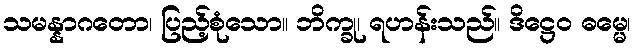
သမန္နာဂတော၊ ပြည့်စုံသော။ ဘိက္ခု၊ ရဟန်းသည်။ ဒိဋ္ဌေဝ ဓမ္မေ၊